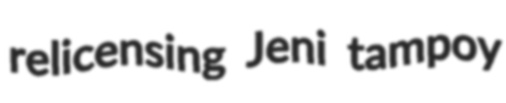
relicensing Jeni tampoy